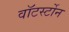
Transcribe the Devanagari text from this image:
वाॅटर्स्टोन